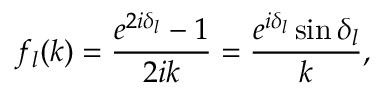
f _ { l } ( k ) = \frac { e ^ { 2 i \delta _ { l } } - 1 } { 2 i k } = \frac { e ^ { i \delta _ { l } } \sin \delta _ { l } } { k } ,